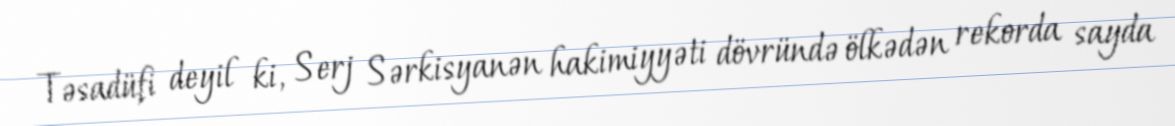
Təsadüfi deyil ki, Serj Sərkisyanən hakimiyyəti dövründə ölkədən rekorda sayda